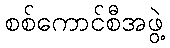
စစ်ကောင်စီအဖွဲ့